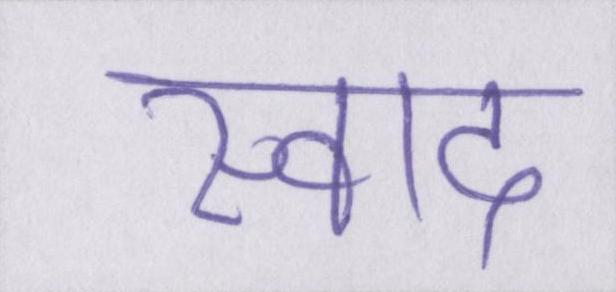
स्वाद